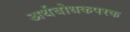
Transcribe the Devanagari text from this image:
अर्थबोधकपरक